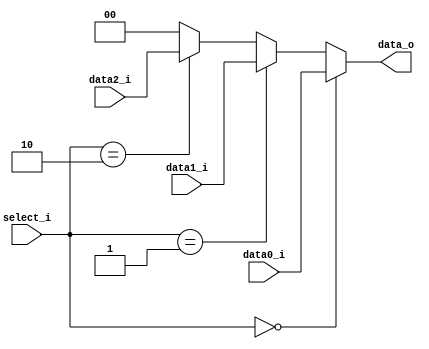
//Subject:     CO project 2 - MUX 221
//--------------------------------------------------------------------------------
//Version:     1
//--------------------------------------------------------------------------------
//Writer:      
//----------------------------------------------
//Date:        
//----------------------------------------------
//Description: 
//--------------------------------------------------------------------------------
     
module MUX_3to1(
               data0_i,
               data1_i,
               data2_i,
               select_i,
               data_o
               );

parameter size = 0;			   
			
//I/O ports               
input   [size-1:0] data0_i;          
input   [size-1:0] data1_i;
input   [size-1:0] data2_i;
input   [2-1:0]    select_i;
output  [size-1:0] data_o; 

//Internal Signals
reg     [size-1:0] data_o;

//Main function
always @(*) begin
    if (select_i == 0) 
        data_o = data0_i;
    else if (select_i == 1)
        data_o = data1_i;
    else if (select_i == 2)
        data_o = data2_i;
    else
        data_o = 0;
end

endmodule